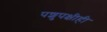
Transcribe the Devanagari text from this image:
पशुपक्षीही